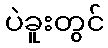
ပဲခူးတွင်